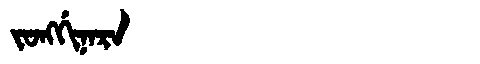
Manchu: ᠵᠣᠩᡤᡳᠨᠠᡵᠠ
Romanization: JONGGINARA